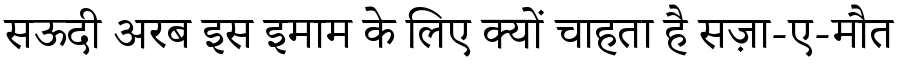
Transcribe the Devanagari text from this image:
सऊदी अरब इस इमाम के लिए क्यों चाहता है सज़ा-ए-मौत